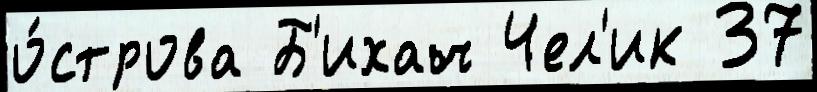
о́строва Б'ихач Чел'ик 37